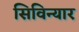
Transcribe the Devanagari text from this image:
सिविन्यार